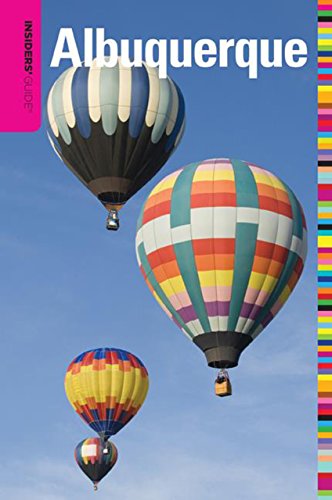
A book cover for Insiders' GuideÂ® to Albuquerque (Insiders' Guide Series); Tania Casselle; Travel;